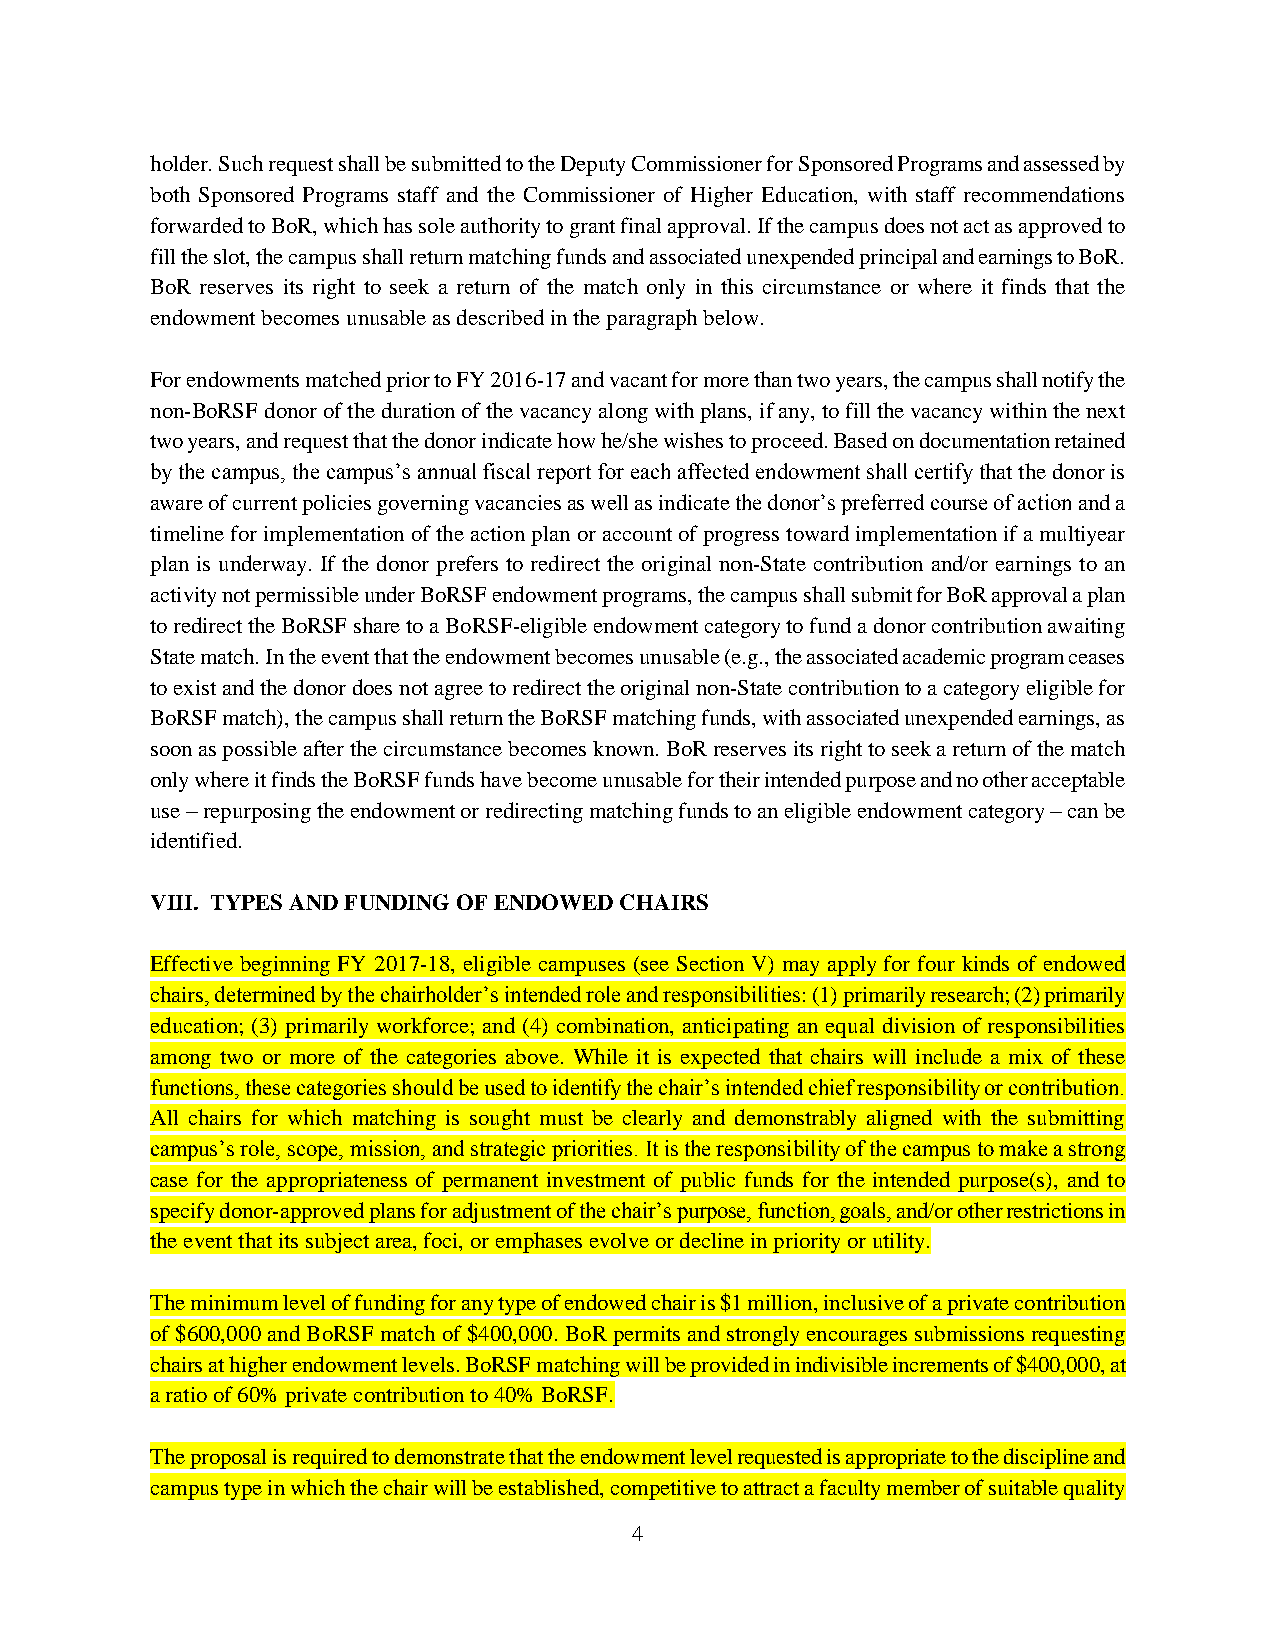
holder. Such request shall be submitted to the Deputy Commissioner for Sponsored Programs and assessed by
 both Sponsored Programs staff and the Commissioner of Higher Education, with staff recommendations
 forwarded to BoR, which has sole authority to grant final approval. If the campus does not act as approved to
 fill the slot, the campus shall return matching funds and associated unexpended principal and earnings to BoR.
 BoR reserves its right to seek a return of the match only in this circumstance or where it finds that the
 endowment becomes unusable as described in the paragraph below.
 For endowments matched prior to FY 2016-17 and vacant for more than two years, the campus shall notify the
 non-BoRSF donor of the duration of the vacancy along with plans, if any, to fill the vacancy within the next
 two years, and request that the donor indicate how he/she wishes to proceed. Based on documentation retained
 by the campus, the campus’s annual fiscal report for each affected endowment shall certify that the donor is
 aware of current policies governing vacancies as well as indicate the donor’s preferred course of action and a
 timeline for implementation of the action plan or account of progress toward implementation if a multiyear
 plan is underway. If the donor prefers to redirect the original non-State contribution and/or earnings to an
 activity not permissible under BoRSF endowment programs, the campus shall submit for BoR approval a plan
 to redirect the BoRSF share to a BoRSF-eligible endowment category to fund a donor contribution awaiting
 State match. In the event that the endowment becomes unusable (e.g., the associated academic program ceases
 to exist and the donor does not agree to redirect the original non-State contribution to a category eligible for
 BoRSF match), the campus shall return the BoRSF matching funds, with associated unexpended earnings, as
 soon as possible after the circumstance becomes known. BoR reserves its right to seek a return of the match
 only where it finds the BoRSF funds have become unusable for their intended purpose and no other acceptable
 use – repurposing the endowment or redirecting matching funds to an eligible endowment category – can be
 identified.
 VIII. TYPES AND FUNDING OF ENDOWED CHAIRS
 Effective beginning FY 2017-18, eligible campuses (see Section V) may apply for four kinds of endowed
 chairs, determined by the chairholder’s intended role and responsibilities: (1) primarily research; (2) primarily
 education; (3) primarily workforce; and (4) combination, anticipating an equal division of responsibilities
 among two or more of the categories above. While it is expected that chairs will include a mix of these
 functions, these categories should be used to identify the chair’s intended chief responsibility or contribution.
 All chairs for which matching is sought must be clearly and demonstrably aligned with the submitting
 campus’s role, scope, mission, and strategic priorities. It is the responsibility of the campus to make a strong
 case for the appropriateness of permanent investment of public funds for the intended purpose(s), and to
 specify donor-approved plans for adjustment of the chair’s purpose, function, goals, and/or other restrictions in
 the event that its subject area, foci, or emphases evolve or decline in priority or utility.
 The minimum level of funding for any type of endowed chair is $1 million, inclusive of a private contribution
 of $600,000 and BoRSF match of $400,000. BoR permits and strongly encourages submissions requesting
 chairs at higher endowment levels. BoRSF matching will be provided in indivisible increments of $400,000, at
 a ratio of 60% private contribution to 40% BoRSF.
 The proposal is required to demonstrate that the endowment level requested is appropriate to the discipline and
 campus type in which the chair will be established, competitive to attract a faculty member of suitable quality
 4